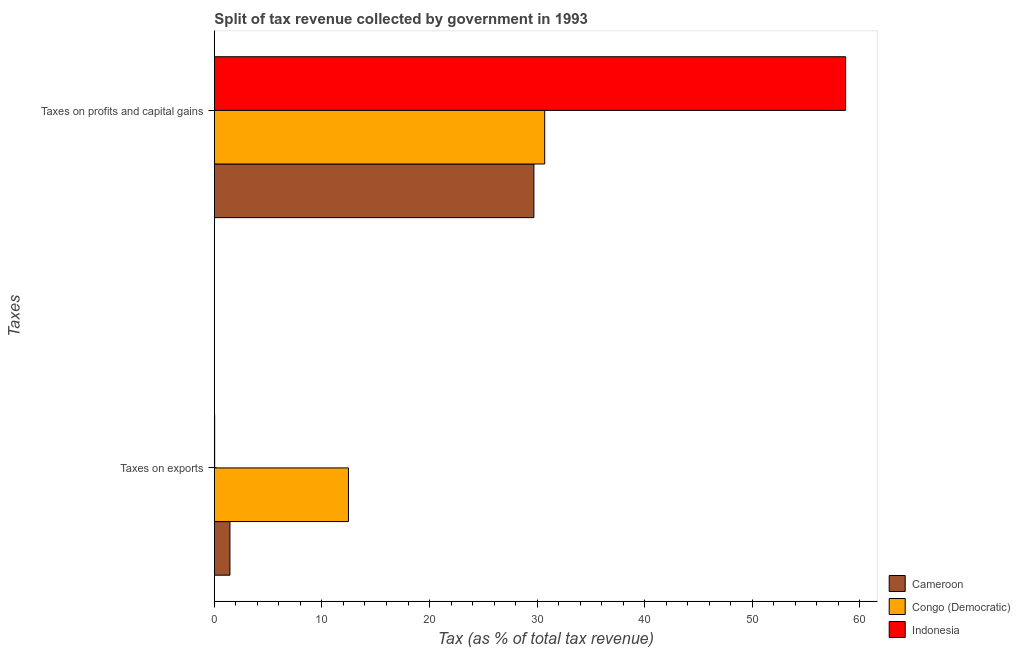
| Taxes | Cameroon | Congo (Democratic) | Indonesia |
 | --- | --- | --- | --- |
 | Taxes on exports | 1.45 | 12.5 | 0.0296 |
 | Taxes on profits and capital gains | 29.7 | 30.7 | 58.7 |